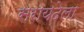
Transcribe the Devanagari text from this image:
सरायदेला